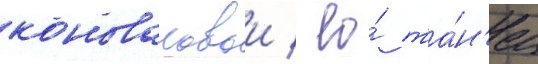
коноваловои / ео́ та́н'ец